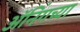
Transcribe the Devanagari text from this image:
ॲनिंगच्या